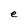
Character: e